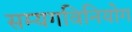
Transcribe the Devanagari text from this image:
सम्यगविनियोग